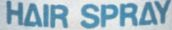
HAIR SPRAY